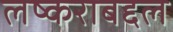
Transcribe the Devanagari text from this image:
लष्कराबद्दल